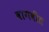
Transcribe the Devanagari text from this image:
वागवीत